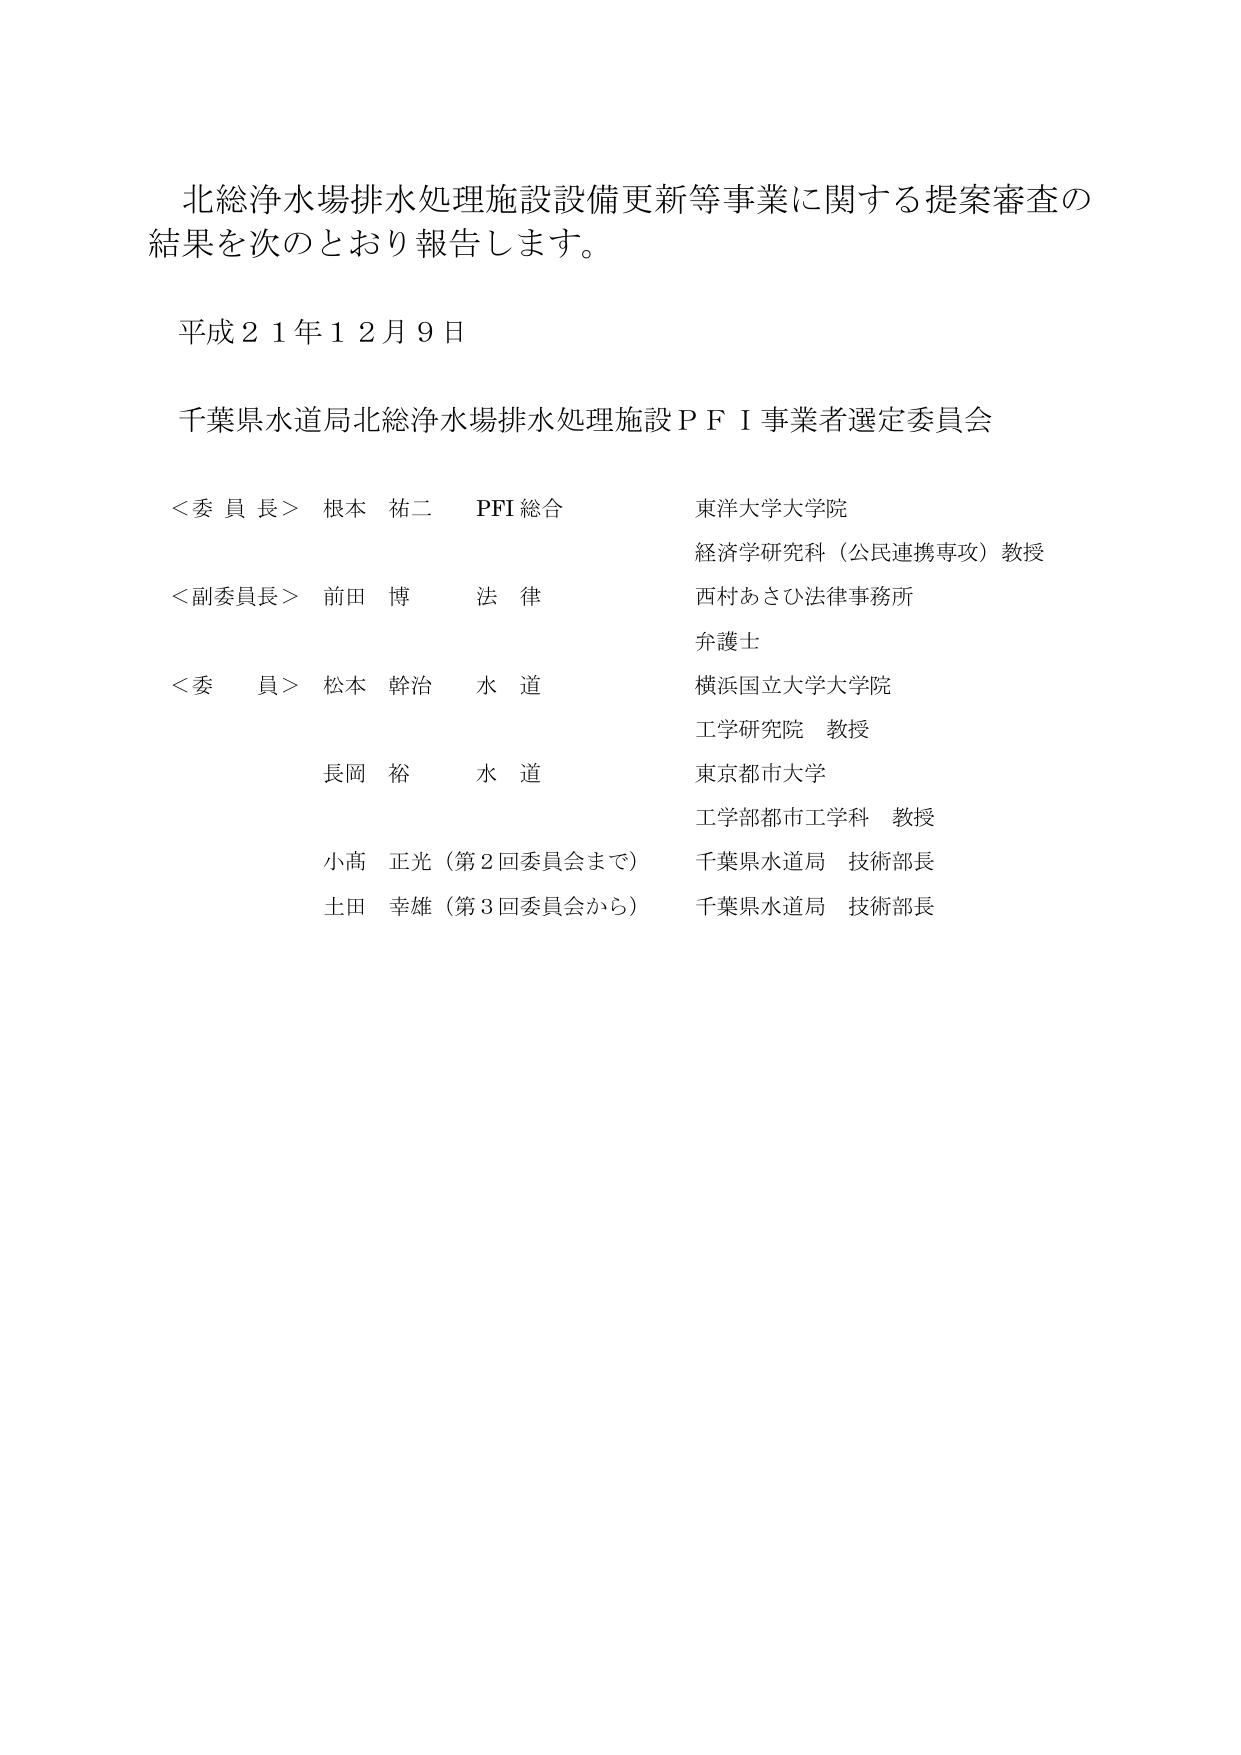
北総浄水場排水処理施設設備更新等事業に関する提案審査の
結果を次のとおり報告します。

平成２１年１２月９日

千葉県水道局北総浄水場排水処理施設ＰＦＩ事業者選定委員会

＜委員長＞ 根本 祐二　ＰＦＩ総合　　　　　東洋大学大学院
　　　　　　　　　　　　　　　　　　　　　経済学研究科（公民連携専攻）教授

＜副委員長＞ 前田 博　法律　　　　　　　西村あさひ法律事務所
　　　　　　　　　　　　　　　　　　　　　弁護士

＜委員＞ 松本 幹治　水道　　　　　　　横浜国立大学大学院
　　　　　　　　　　　　　　　　　　　工学研究院　教授

　　　　長岡 裕　水道　　　　　　　　東京都市大学
　　　　　　　　　　　　　　　　　　　工学部都市工学科　教授

　　　　小高 正光（第２回委員会まで）　千葉県水道局　技術部長

　　　　土田 幸雄（第３回委員会から）　千葉県水道局　技術部長